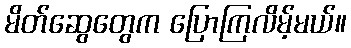
မိတ်ဆွေတွေက ပြောကြလိမ့်မယ်။